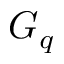
G _ { q }